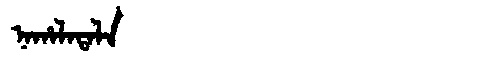
Manchu: ᠨᠠᡥᠠᠯᠠᡨᠠᠯᠠ
Romanization: NAHALATALA